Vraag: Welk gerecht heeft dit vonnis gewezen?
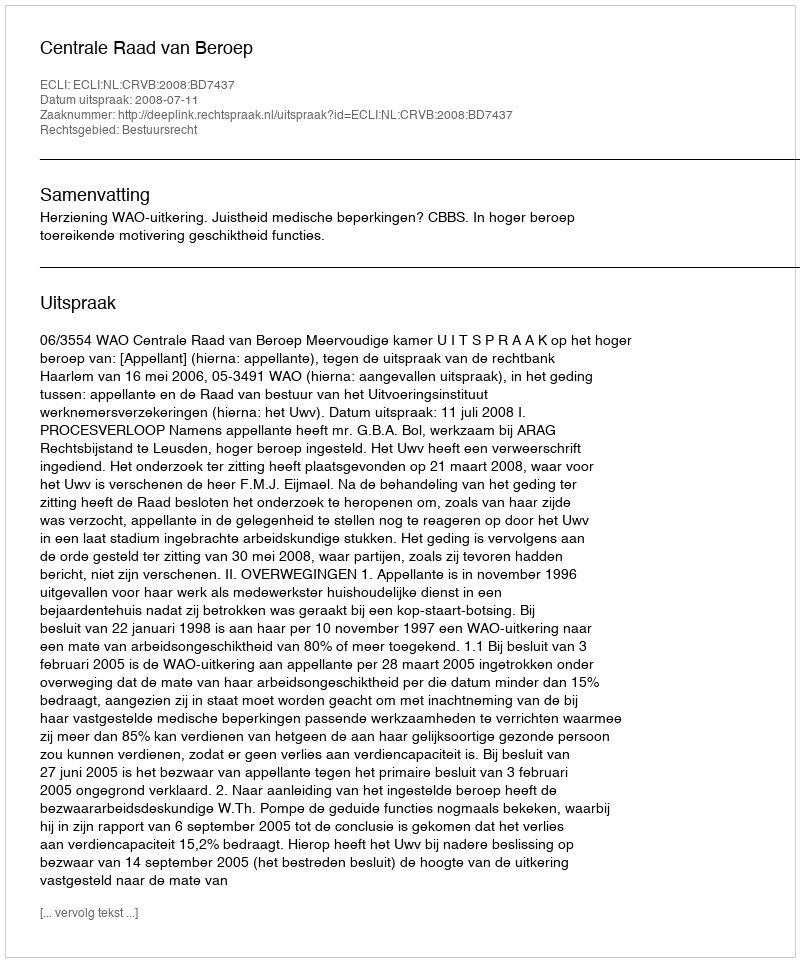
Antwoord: Centrale Raad van Beroep